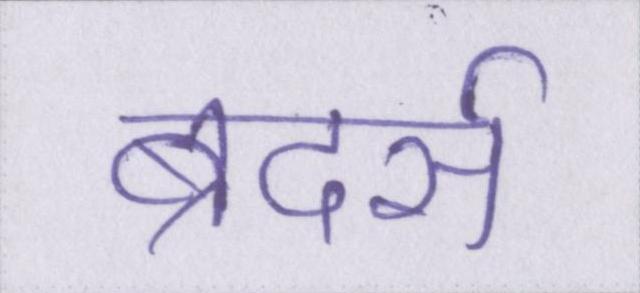
ब्रदर्स